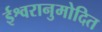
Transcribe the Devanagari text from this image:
ईश्वरानुमोदित